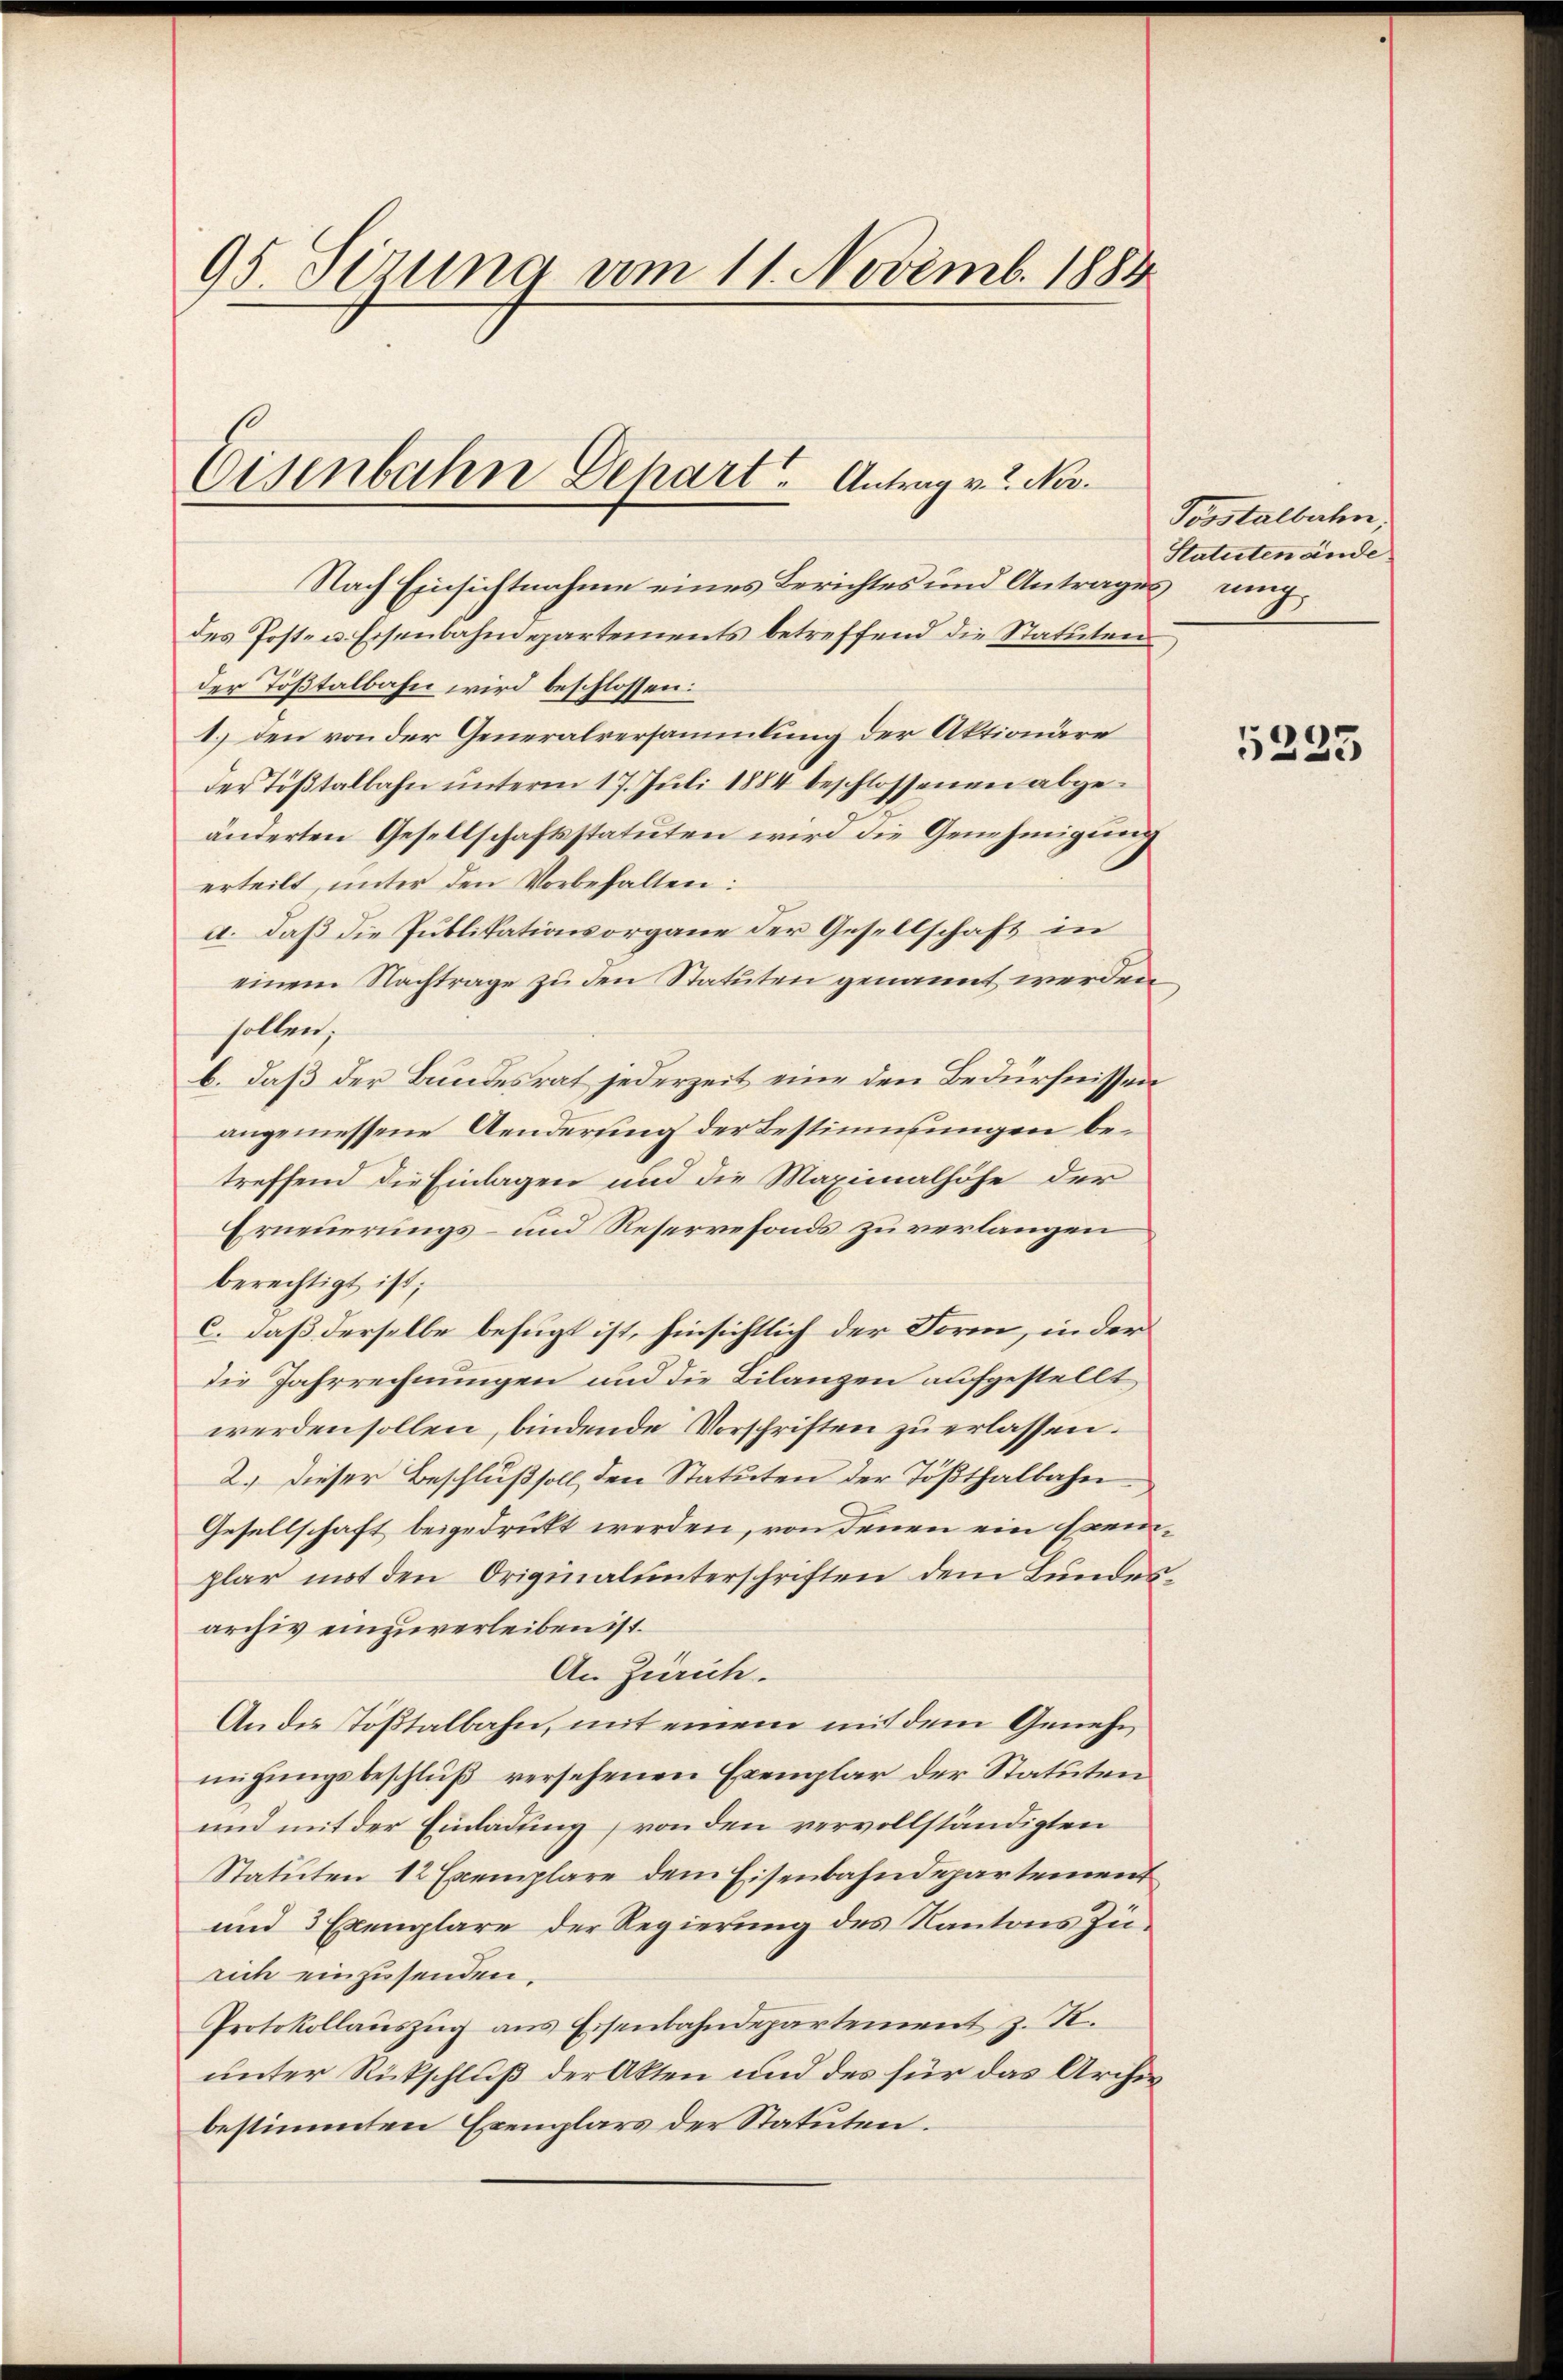
95. Serung vom 11. Novemb. 1884

Nach Einsichtnahme eines Berichtes und Antrages ung
des Post- u Eisenbahndepartements betreffend die Statuten
der Tößtalbahn wird beschlossen:
1.) den von der Generalversammlung der Aktionäre
der Tößtalbahn unterm 17. Juli 1884 beschlossenen abgeänderten Gesellschaftsstatuten wird die Genehmigung
erteilt, unter den Vorbehalten:
a. daß die Publikationsorgane der Gesellschaft in
einem Nachtrage zu den Statuten genannt werden
sollen;
b. daß der Bundesrat jederzeit eine den Bedürfnissen
angemessene Aenderung der Bestimmungen betreffend die Einlagen und die Maximalhöhe der
Erneuerungs- und Reservefonds zu verlangen
berechtigt ist;
c. daß derselbe befugt ist, hinsichtlich der Form, in der
die Jahrrechnungen und die Bilanzen aufgestellt
werden sollen, bindende Vorschriften zu erlassen.
2.) Dieser Beschluß soll, den Statuten der Tößthalbahn
Gesellschaft beigedrückt werden, von denen ein Exemplar mit den Originalunterschriften dem Bundesarchiv einzuverleiben ist.
An Zürich.
An die Tößtalbahn, mit einem mit dem Genehm
migungsbeschluß versehenen Exemplar der Statuten
und mit der Einladung von den vervollständigten
Statuten 12 Exemplare dem Eisenbahndepartement
und 3 Exemplare der Regierung des Kantons Zürich einzusenden.
Protokollauszug aus Eisenbahndepartement z. R.
unter Rückschluß der Akten und des für das Archia
bestimmten Exemplars der Statuten.

Eisenbahn Depart, Antrag v. 2. Nov.

Tosstalbahn,
Statuten ande

5235